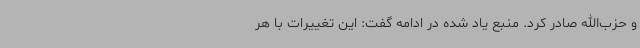
و حزب‌الله صادر کرد. منبع یاد شده در ادامه گفت: این تغییرات با هر